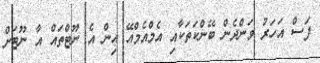
ފަސް އަހަރު ވަންދެން ބޭންކަތަކާއި އެމްއެމްއޭ އިން އެ ނޫޓްތައް އާ ނޫޓަށް